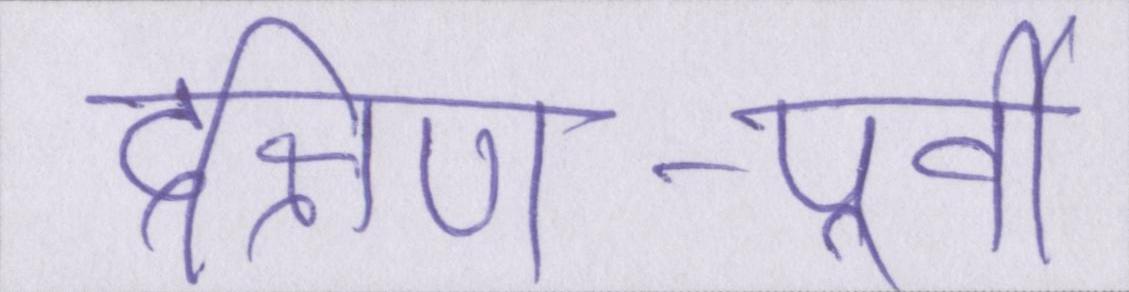
दक्षिण-पूर्वी